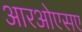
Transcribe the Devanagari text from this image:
आरओएसए